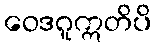
ဝေဒဂူဣတိပိ